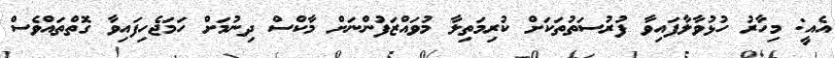
އެއީ: މިހާރު ހުޅުވާލާފައިވާ ފުރުސަތުތަކަށް ކުރިމަތިލާ މުވައްޒަފުންނަށް މާކްސް ދިނުމަށް ހަމަޖެހިފައިވާ ގޮތްތައްވެސް